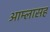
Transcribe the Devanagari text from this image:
आम्लासह